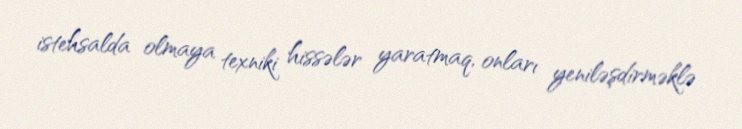
istehsalda olmaya texniki hissələr yaratmaq, onları yeniləşdirməklə